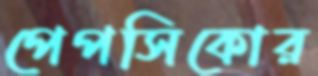
পেপসিকোর